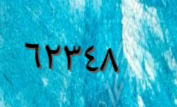
٦٢٣٤٨